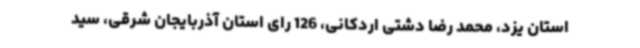
استان یزد، محمد رضا دشتی اردکانی، 126 رای استان آذربایجان شرقی، سید